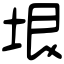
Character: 垠